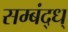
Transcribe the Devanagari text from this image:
सम्बंद्ध्